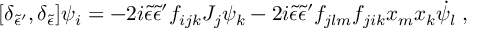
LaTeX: [ \delta _ { { \tilde { \epsilon } } { ' } } , \delta _ { \tilde { \epsilon } } ] \psi _ { i } = - 2 i { \tilde { \epsilon } } { \tilde { \epsilon } } { ' } f _ { i j k } J _ { j } \psi _ { k } - 2 i { \tilde { \epsilon } } { \tilde { \epsilon } } { ' } f _ { j l m } f _ { j i k } x _ { m } x _ { k } { \dot { \psi } } _ { l } \; ,